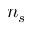
n _ { s }